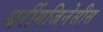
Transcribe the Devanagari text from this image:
थरींगजिनेसीस